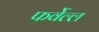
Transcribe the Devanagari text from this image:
फर्वेल्ल